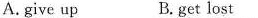
A. give up B. Get lost